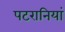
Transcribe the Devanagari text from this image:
पटरानियां